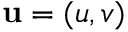
\mathbf { u } = ( u , v )